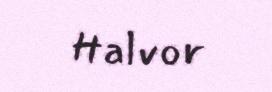
Halvor